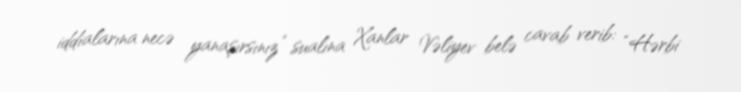
iddialarına necə yanaşırsınız” sualına Xanlar Vəliyev belə cavab verib: “Hərbi